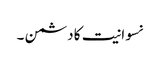
نسوانیت کا دشمن ۔